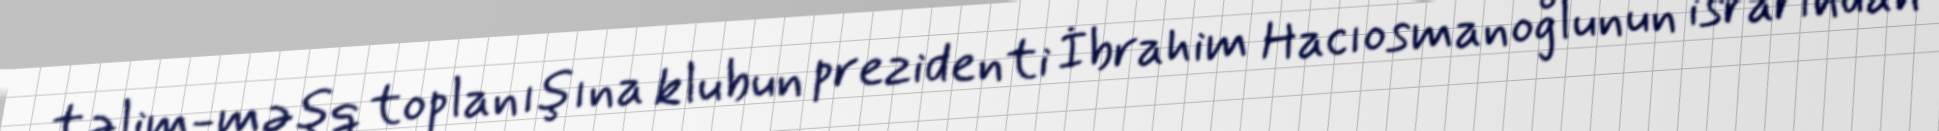
təlim-məşq toplanışına klubun prezidenti İbrahim Hacıosmanoğlunun israrından